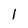
Character: 1